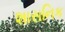
શાસનિક